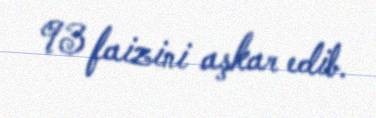
93 faizini aşkar edib.